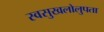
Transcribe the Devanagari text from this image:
स्वसुखलोलुपता